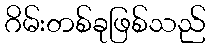
ဂိမ်းတစ်ခုဖြစ်သည်